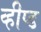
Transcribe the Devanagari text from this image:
व्हीप्ड